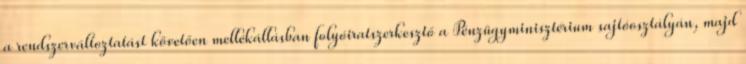
a rendszerváltoztatást követően mellékállásban folyóiratszerkesztő a Pénzügyminisztérium sajtóosztályán, majd